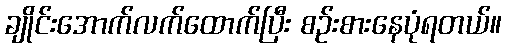
ချိုင်းအောက်လက်ထောက်ပြီး စဉ်းစားနေပုံရတယ်။